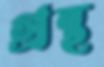
গ্রন্থ